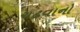
ચઢવાનો